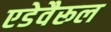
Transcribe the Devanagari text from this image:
एडेवैरूल